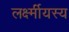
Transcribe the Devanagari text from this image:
लर्क्ष्मीयस्य